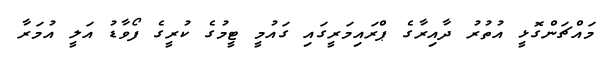
މައްޗަންގޮޅީ އުތުރު ދާއިރާގެ ޕްރައިމަރީގައި ގައުމީ ޓީމުގެ ކުރީގެ ފޯވާޑު އަލީ އުމަރާ